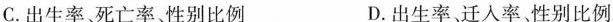
C.出生率、死亡率、性别比例 D.出生率、迁入率、性别比例